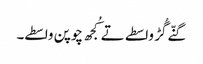
گنّے گُڑ واسطے تے کُجھ چوپن واسطے۔